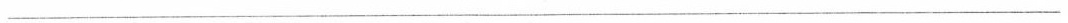
___